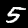
Digit: 5